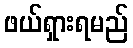
ဖယ်ရှားရမည်